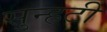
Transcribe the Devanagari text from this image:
सुन्हटी